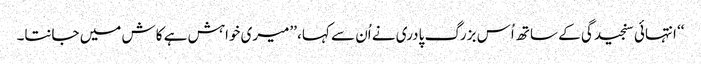
‘‘ انتہائی سنجیدگی کے ساتھ اُس بزرگ پادری نے اُن سے کہا، ’’میری خواہش ہے کاش میں جانتا۔